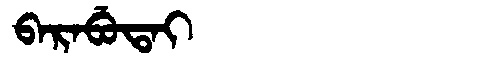
Manchu: ᠪᠠᡵᠠᠪᡠᡨᠠᡳ
Romanization: BARABUTAI